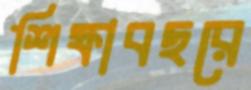
শিক্ষাবছরে